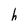
Character: h